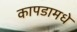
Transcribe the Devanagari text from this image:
कापडामधे